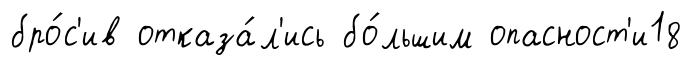
бро́с'ив отказа́л'ись бо́льшим опасност'и18